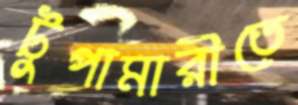
টুপামারীতে